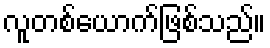
လူတစ်ယောက်ဖြစ်သည်။